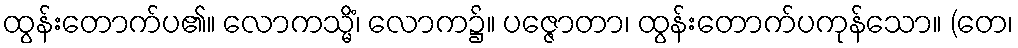
ထွန်းတောက်ပ၏။ လောကသ္မိံ၊ လောက၌။ ပဇ္ဇောတာ၊ ထွန်းတောက်ပကုန်သော။ (တေ၊